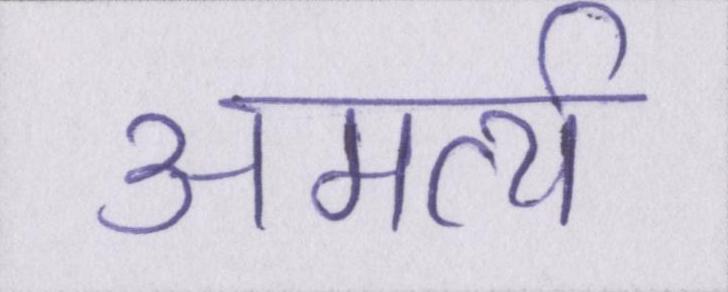
अमर्त्य